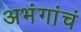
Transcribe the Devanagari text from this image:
अभंगांचं